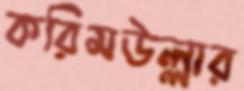
করিমউল্লার